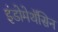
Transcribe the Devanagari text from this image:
इंडोमेथॅसिन